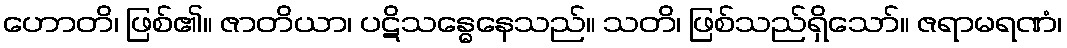
ဟောတိ၊ ဖြစ်၏။ ဇာတိယာ၊ ပဋိသန္ဓေနေသည်။ သတိ၊ ဖြစ်သည်ရှိသော်။ ဇရာမရဏံ၊